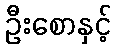
ဦးစောနှင့်